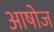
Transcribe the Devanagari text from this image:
आषोज